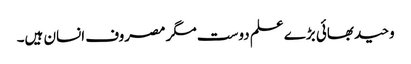
وحید بھائی بڑے علم دوست مگر مصروف انسان ہیں۔